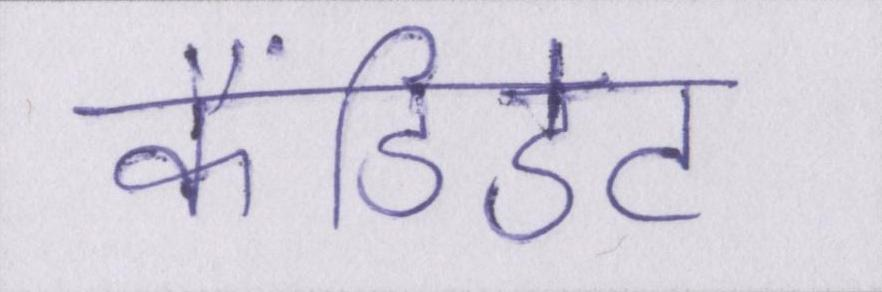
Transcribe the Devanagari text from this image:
कैंडिडेट